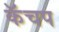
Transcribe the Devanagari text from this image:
कॅचप